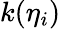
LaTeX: k(\eta_{i})